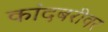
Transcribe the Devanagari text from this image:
कांदबरीवर